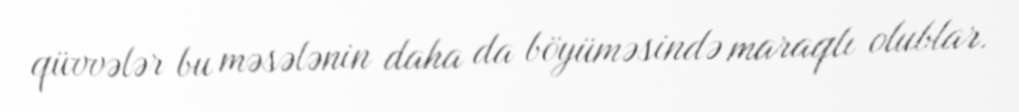
qüvvələr bu məsələnin daha da böyüməsində maraqlı olublar.